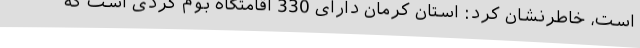
است، خاطرنشان کرد: استان کرمان دارای 330 اقامتگاه بوم گردی است که